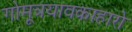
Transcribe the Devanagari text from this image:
गोमूत्रयावकाहारो